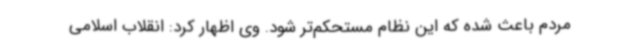
مردم باعث شده که این نظام مستحکم‌تر شود. وی اظهار کرد: انقلاب اسلامی